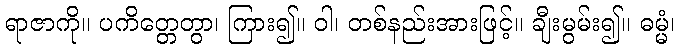
ရာဇာကို။ ပကိတ္တေတွာ၊ ကြား၍။ ဝါ၊ တစ်နည်းအားဖြင့်။ ချီးမွမ်း၍။ ဓမ္မံ၊